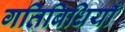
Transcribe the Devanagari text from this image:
गतिबिधियाँ